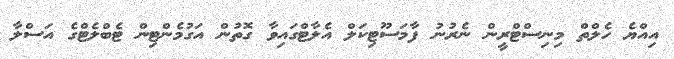
އިއްޔެ ހެލްތް މިނިސްޓްރީން ނެރުނު ފާމަސޫޓިކަލް އެލާޓްގައިވާ ގޮތުން އަގުމެންޓިން ޓެބްލެޓްގެ އަސްލާ